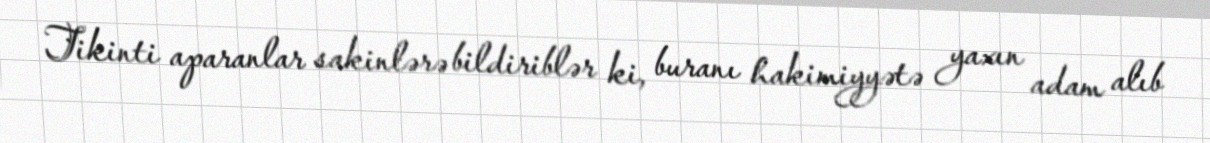
Tikinti aparanlar sakinlərə bildiriblər ki, buranı hakimiyyətə yaxın adam alıb